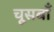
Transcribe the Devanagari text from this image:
चूसबाँ